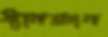
ধ্যানজ্ঞান